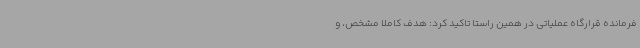
فرمانده قرارگاه عملیاتی در همین راستا تاکید کرد: هدف کاملا مشخص، و